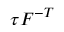
{ \boldsymbol { \tau } } { \boldsymbol { F } } ^ { - T }